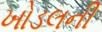
ખોડલની